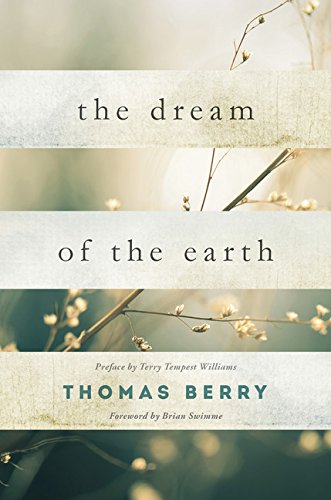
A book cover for The Dream of the Earth: Preface by Terry Tempest Williams & Foreword by Brian Swimme; Thomas Berry; History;